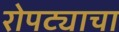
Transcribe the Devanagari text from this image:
रोपट्याचा